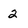
Character: 2